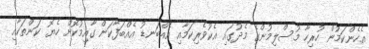
އެހެންކަމުން ހުރިހާ މުސްލިމުންގެ މެދުގައި އެކުވެރިކަމާއި އެއްބަނޑު އެއްބަފާކަން ގާއިމުކޮށް ހެޔޮ ކަންތަކާއި